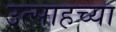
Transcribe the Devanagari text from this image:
उत्साहच्या